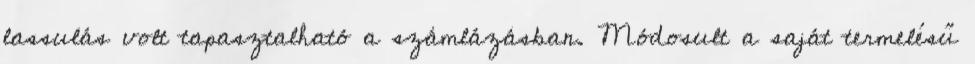
lassulás volt tapasztalható a számlázásban. Módosult a saját termelésű